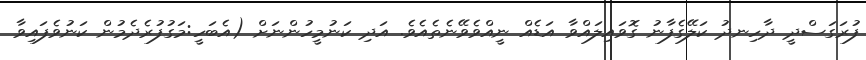
ފުރަގަސްދީ ދާހިނދު ކަލޭގެފާނު ގޮވައިލައްވާ އަޑެއް ނީއްވެވޭނެތެއެވެ. އަދި ކަނުމީހުންނަށް (އެބަހީ:މަގުފުރެދެމުން ކަނުވެފައިވާ